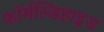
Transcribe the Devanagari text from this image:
फॉर्मल्डिहाइड